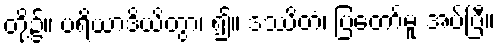
တို့၌။ ပရိယာဒိယိတွာ၊ ၍။ ဒဿိတံ၊ ပြတော်မူ အပ်ပြီ။